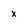
Character: x